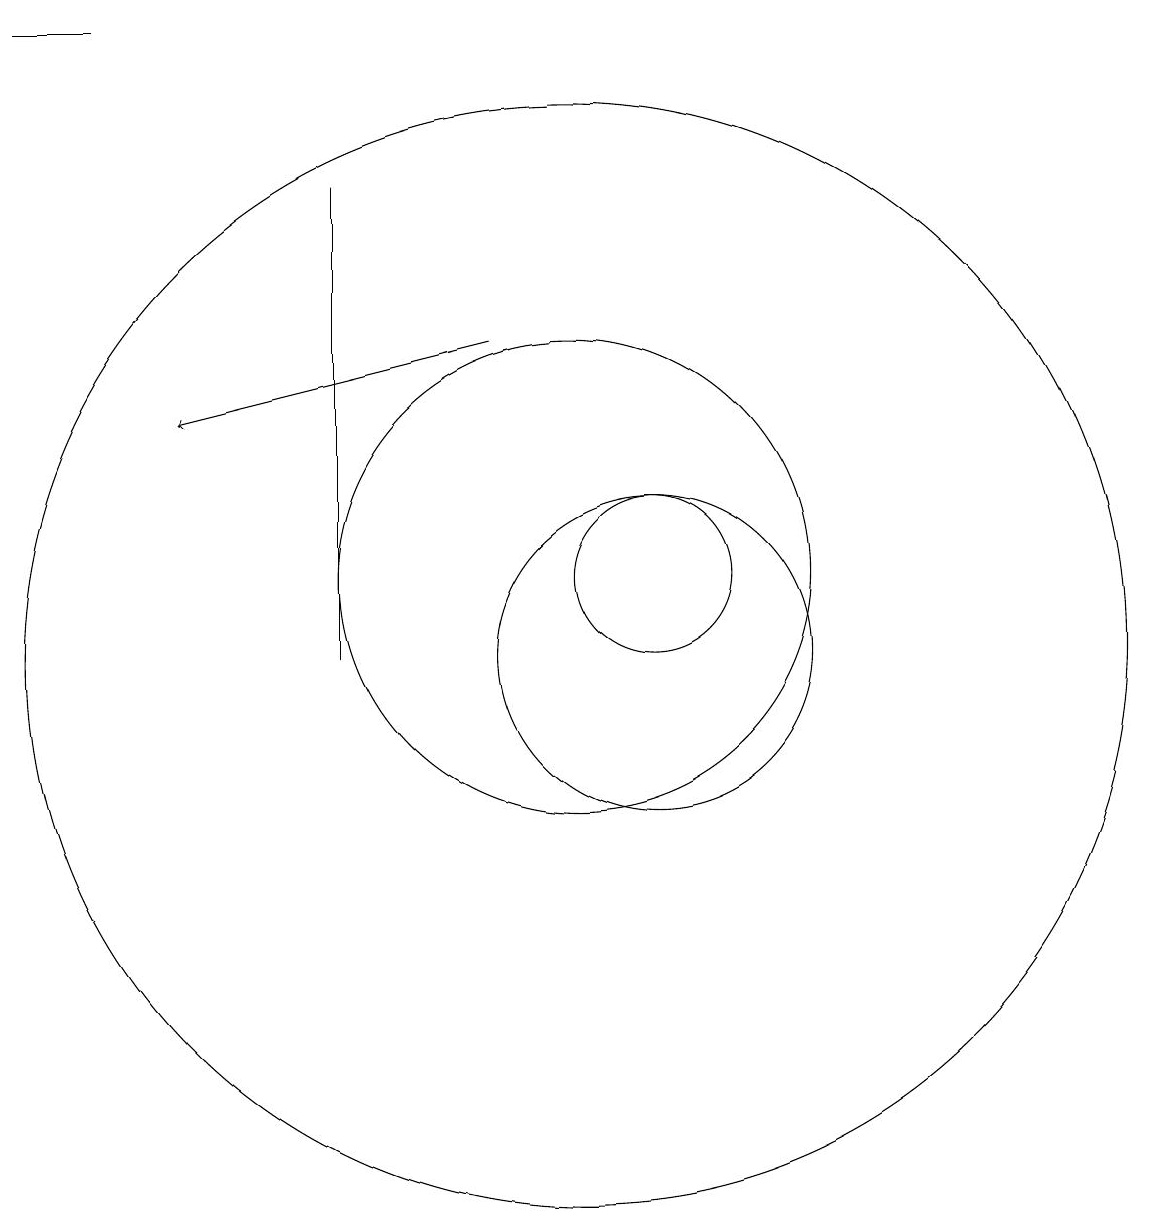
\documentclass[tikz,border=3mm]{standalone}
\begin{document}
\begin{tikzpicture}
\draw[->] (9,14) -- (5,13);
\draw (11,11) circle (1);
\draw (10,10) circle (7);
\draw (11,10) circle (2);
\draw (10,11) circle (3);
\draw (3,18) rectangle (4,18);
\draw (7,16) rectangle (7,10);
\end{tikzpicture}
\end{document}